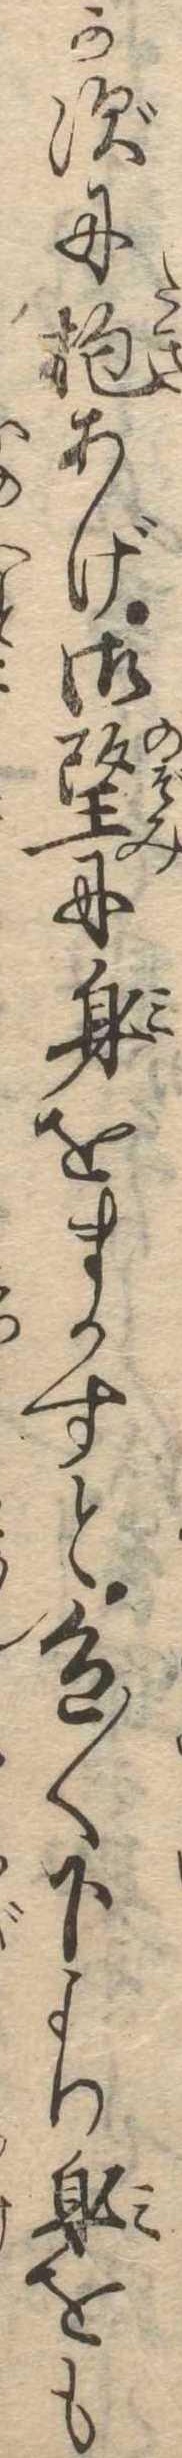
かずに抱あげ御望に身をまかすと色〱下より身をも